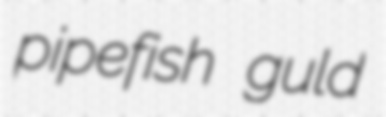
pipefish guld